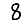
Digit: 8